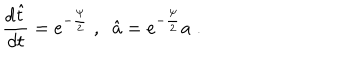
\frac { d \hat { t } } { d t } = e ^ { - \frac { \psi } { 2 } } \; , \; \; \hat { a } = e ^ { - \frac { \psi } { 2 } } a \; .